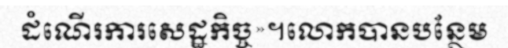
ដំណើរការសេដ្ឋកិច្ច»។លោកបានបន្ថែម